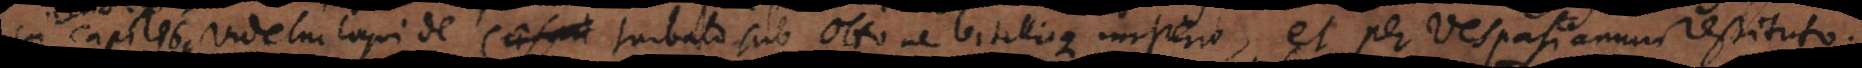
In capite 6 videtur loqui de Caesari turbato sub Ottone Vitellioque imperio, et per Vespasianum restituto.